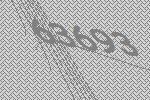
63693